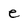
Character: e